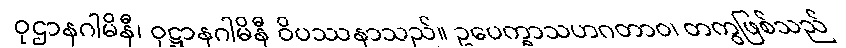
ဝုဌာနဂါမိနီ၊ ဝုဋ္ဌာနဂါမိနီ ဝိပဿနာသည်။ ဥပေက္ခာသဟဂတာဝ၊ တကွဖြစ်သည်